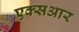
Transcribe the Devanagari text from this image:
एक्सआर